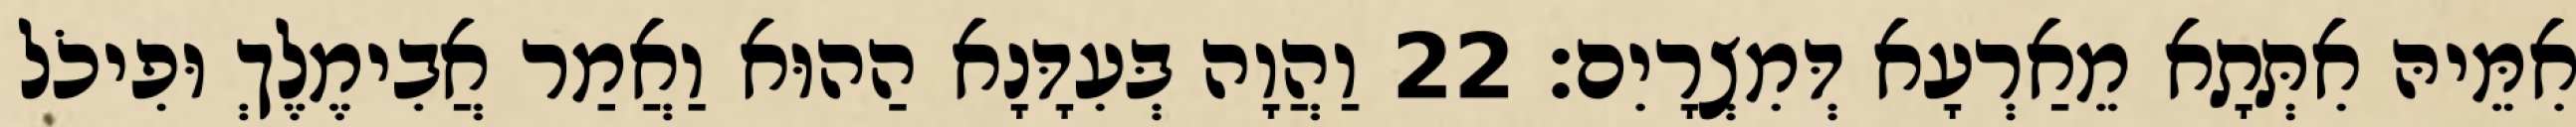
אִמֵּיהּ אִתְּתָא מֵאַרְעָא דְּמִצְרָיִם׃ 22 וַהֲוָה בְּעִדָּנָא הַהוּא וַאֲמַר אֲבִימֶלֶךְ וּפִיכֹל